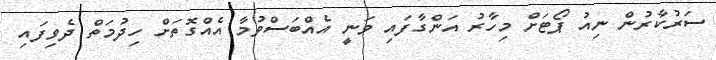
ސަރުކާރުން ނިއު ޕޯޓަށް މިހާރު އަންގާފައި ވަނީ އެއްބަސްވުމާ އެއްގޮތަށް ހިދުމަތް ދެވިފައި